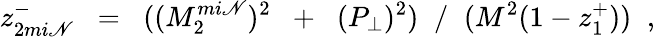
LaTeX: z_{2mi\mathscr{N}}^{-}\; \; =\; \; ((M_{2}^{mi\mathscr{N}})^{2}\; \; +\; \; (P_{\perp})^{2})\; \; /\; \; (M^{2}(1-z_{1}^{+}))\; \; ,